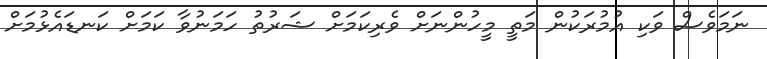
ނަމަވެސް ވަކި އުމުރަކުން މަތީ މީހުންނަށް ވެރިކަމަށް ޝަރުތު ހަމަނުވާ ކަމަށް ކަނޑައެޅުމަށް